Investigations on Bengal jail dietaries - Number 37
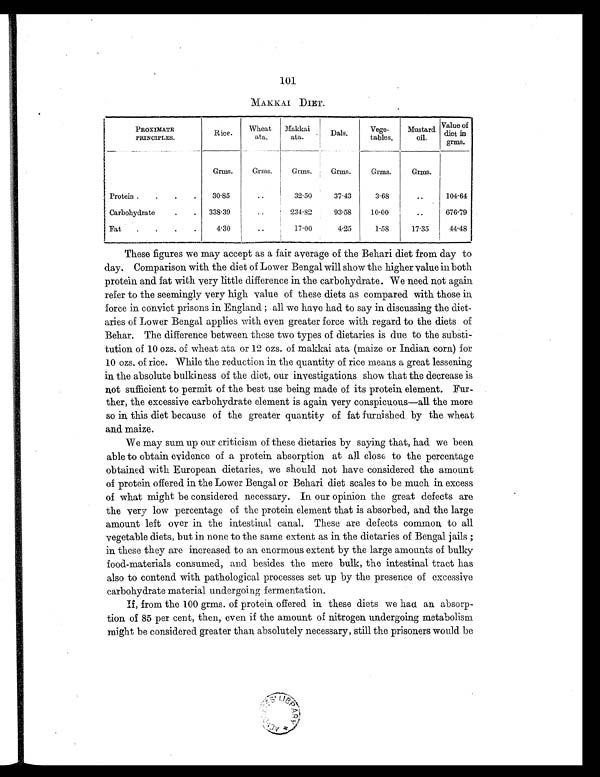
101
M A K K A I D I E T .
PROXIMATE
PRINCIPLES.
Rice.
Wheat
ata.
Makkai
ata.
Dals.
Vege-
tables.
Mustard
oil.
Value of
diet in
grms.
Grms.
Grms.
Grms.
Grms.
Grms.
Grms.
Protein .
.
.
.
30.85
..
32.50
37.43
3.68
..
104.64
Carbohydrate
.
.
338.39
..
234.82
93.58
10.00
..
676.79
Fat
.
.
.
.
4.30
..
17.00
4.25
1.58
17.35
44.48
These figures we may accept as a fair average of the Behari diet from day to
day. Comparison with the diet of Lower Bengal will show the higher value in both
protein and fat with very little difference in the carbohydrate. We need not again
refer to the seemingly very high value of these diets as compared with those in
force in convict prisons in England ; all we have had to say in discussing the diet-
aries of Lower Bengal applies with even greater force with regard to the diets of
Behar. The difference between these two types of dietaries is due to the substi-
tution of 10 ozs. of wheat ata or 12 ozs. of makkai ata (maize or Indian corn) for
10 ozs. of rice. While the reduction in the quantity of rice means a great lessening
in the absolute bulkiness of the diet, our investigations show that the decrease is
not sufficient to permit of the best use being made of its protein element. Fur-
ther, the excessive carbohydrate element is again very conspicuous—all the more
so in this diet because of the greater quantity of fat furnished by the wheat
and maize.
We may sum up our criticism of these dietaries by saying that, had we been
able to obtain evidence of a protein absorption at all close to the percentage
obtained with European dietaries, we should not have considered the amount
of protein offered in the Lower Bengal or Behari diet scales to be much in excess
of what might be considered necessary. In our opinion the great defects are
the very low percentage of the protein element that is absorbed, and the large
amount left over in the intestinal canal. These are defects common to all
vegetable diets, but in none to the same extent as in the dietaries of Bengal jails ;
in these they are increased to an enormous extent by the large amounts of bulky
food-materials consumed, and besides the mere bulk, the intestinal tract has
also to contend with pathological processes set up by the presence of excessive
carbohydrate material undergoing fermentation.
If, from the 100 grms. of protein offered in these diets we had an absorp-
tion of 85 per cent, then, even if the amount of nitrogen undergoing metabolism
might be considered greater than absolutely necessary, still the prisoners would be